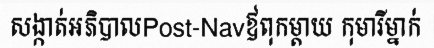
សង្កាត់អភិបាលPost-Navឪពុកម្តាយ កុមារីម្នាក់